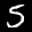
Label: 5